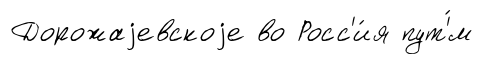
Дорожаjевскоjе во Росс'и́я пут'́м